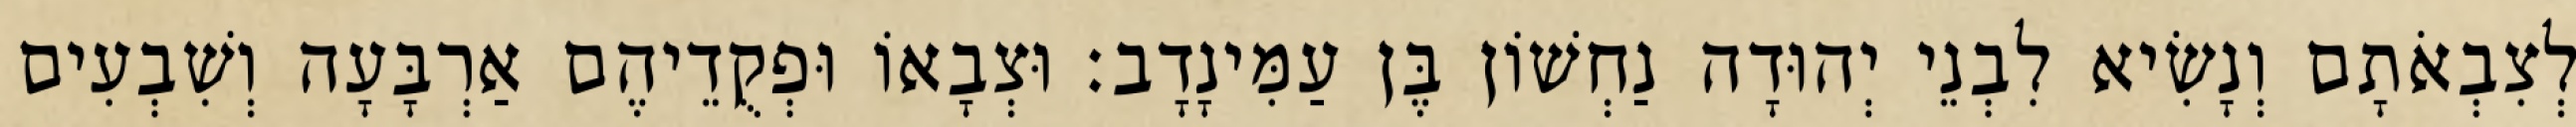
לְצִבְאֹתָם וְנָשִׂיא לִבְנֵי יְהוּדָה נַחְשׁוֹן בֶּן עַמִּינָדָב׃ וּצְבָאוֹ וּפְקֻדֵיהֶם אַרְבָּעָה וְשִׁבְעִים